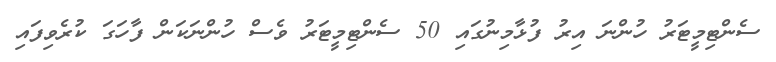
ސެންޓިމީޓަރު ހުންނަ އިރު ފުޅާމިނުގައި 50 ސެންޓިމީޓަރު ވެސް ހުންނަކަން ފާހަގަ ކުރެވިފައި